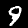
Digit: 9